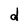
Character: d